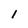
Character: l